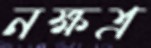
নক্ষত্র